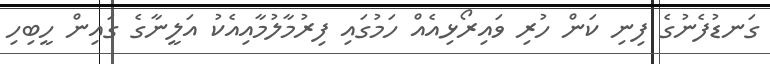
ގަނޑުފެނުގެ ފިނި ކަން ހުރި ވައިރޯޅިއެއް ހަމުގައި ފިރުމާލުމާއިއެކު އަލީނާގެ ގައިން ހީބިހި